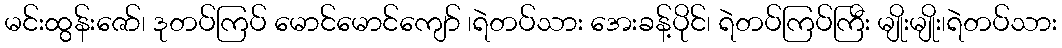
မင်းထွန်းဇော်၊ ဒုတပ်ကြပ် မောင်မောင်ကျော် ၊ရဲတပ်သား အေးခန့်ပိုင်၊ ရဲတပ်ကြပ်ကြီး မျိုးမျိုး၊ရဲတပ်သား